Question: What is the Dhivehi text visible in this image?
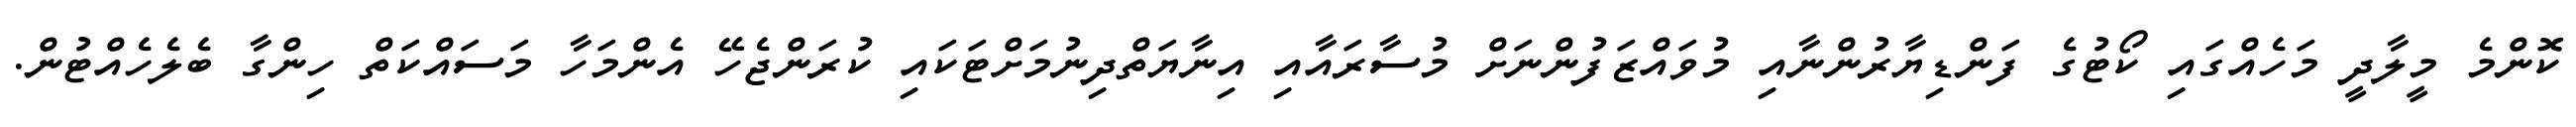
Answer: ކޮންމެ މީލާދީ މަހެއްގައި ކޯޓުގެ ފަންޑިޔާރުންނާއި މުވައްޒަފުންނަށް މުސާރައާއި އިނާޔަތްދިނުމަށްޓަކައި ކުރަންޖެހޭ އެންމަހާ މަސައްކަތް ހިންގާ ބެލެހެއްޓުން.